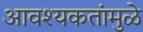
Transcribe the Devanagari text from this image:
आवश्यकतांमुळे